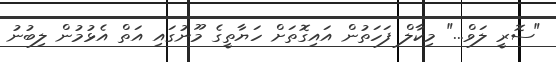
"ސޮރީ ލަވް..." މިކާލް ފަހަތުން އައިގޮތަށް ހަޔާތީގެ މޫނުގައި އަތް އެޅުމުން ލިބުނު